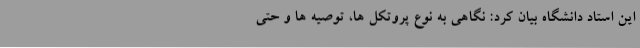
این استاد دانشگاه بیان کرد: نگاهی به نوع پروتکل ها، توصیه ها و حتی